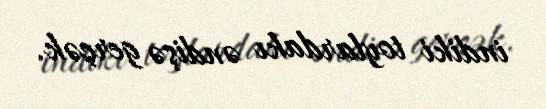
indiki toylardakı əndişə gerçək.